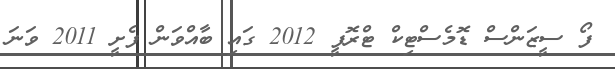
ފޯ ސީޒަންސް ޑޮމެސްޓިކް ޓްރޮފީ 2012 ގައި ބާއްވަން ފެށީ 2011 ވަނަ